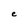
Character: e